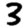
Digit: 3